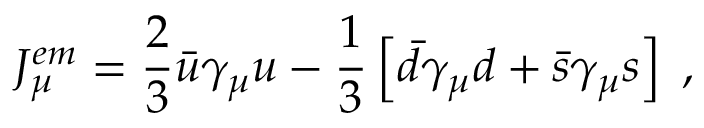
J _ { \mu } ^ { e m } = \frac { 2 } { 3 } \bar { u } \gamma _ { \mu } u - \frac { 1 } { 3 } \left[ \bar { d } \gamma _ { \mu } d + \bar { s } \gamma _ { \mu } s \right] \; ,